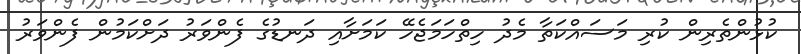
ކުޅުންތެރިން ކުރި މަސައްކަތާ މެދު ހިތްހަމަޖެހޭ ކަމަށާއި ދަނޑުގެ ފެންވަރު ދަށްކަމުން ފެންވަރު